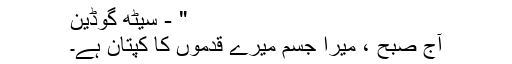
" - سیٹھ گوڈین
آج صبح ، میرا جسم میرے قدموں کا کپتان ہے۔